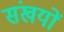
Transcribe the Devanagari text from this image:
संखयों